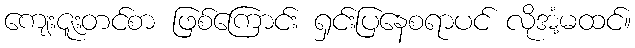
ကျေးဇူးတင်စာ ဖြစ်ကြောင်း ရှင်းပြနေစရာပင် လိုအံ့မထင်။